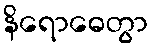
နိရောဓေတွာ